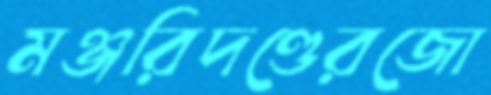
মঞ্জরিদণ্ডেরজো